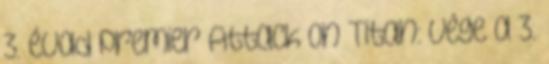
3. évad premier Attack on Titan: vége a 3.